system: You are a helpful assistant.
user:
Analyze the provided spectrum to determine if it is a **Carbon Star (C-type)**.

- **Key Visual Indicators of Carbon Star:**
    - **(Primary):** Strong molecular absorption from **C₂ (diatomic carbon) "Swan Bands."** This is the **defining feature** of a carbon star.
        - **(Key Bandheads):** Sharp absorption edges are visible at approximately $5635$ Å, $5165$ Å (the strongest band), and $4737$ Å.
        - **(Line Profile):** Creates a distinct **"saw-tooth"** pattern. The key morphology is a sharp, steep bandhead on the **red (long-wavelength) side**, which then gradually tapers off (i.e., flux recovers) towards the **blue (short-wavelength) side**. *(This is the direct opposite of the TiO bands seen in M-type stars)*.

    - **(Secondary):** Intense **CN (cyanogen)** molecular absorption bands.
        - **(Key Bandheads):** Located in the blue and violet regions of the spectrum (e.g., near $4215$ Å and $3883$ Å).
        - **(Morphology):** These bands are extremely broad and act as a "blanket," absorbing the vast majority of blue and violet light. This creates a characteristic **"cliff"** or **"steep drop-off"** in the spectrum's flux at short wavelengths.

    - **(Key Confirmation):** Strong **CH absorption band (G-band)**.
        - **(Key Bandhead):** Located around $4300$ Å. The contribution from CH molecules to this band is exceptionally strong.

    - **(Overall Spectrum):**
        - The continuum is severely "chopped up" by these deep molecular bands, especially C₂, rather than appearing as a smooth curve.
        - Due to the heavy CN and C₂ absorption in the blue-green, the vast majority of the star's flux is concentrated in the red part of the spectrum, giving the star its characteristic deep red color.

Think first, call **spectral_visualization_tool** if needed to examine features in detail, then provide your final answer. Your response must adhere to the following strict rules:
1.  **Overall Structure:** Your response must follow the format `<think>...</think> <tool_call>...</tool_call> (if a tool is used) <answer>...</answer>`.
2.  **Tool Usage Constraint:** You may only make **one** tool call per turn.
3.  **Final Answer Format:** In the `<answer>` tag, your conclusion must be inside a `\boxed{}` command (e.g., `\boxed{YES}`), followed by your justification.

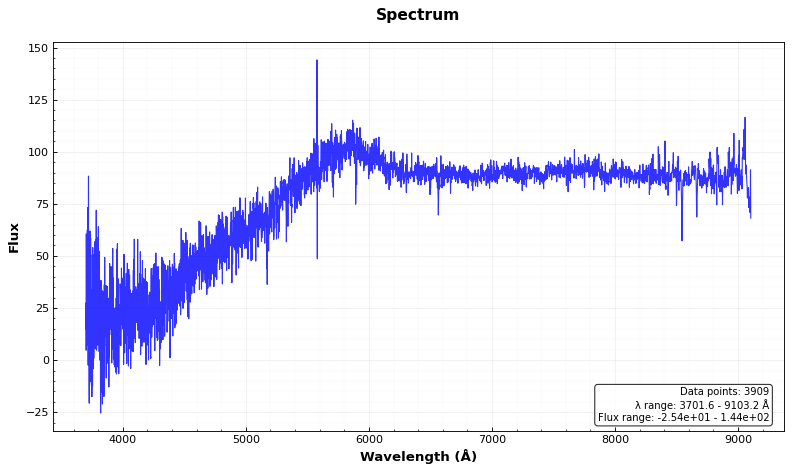
Answer: NO